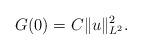
LaTeX: \begin{align*}G(0)=C\|u\|_{L^2}^2.\end{align*}